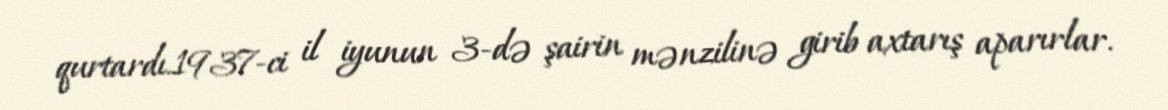
qurtardı.1937-ci il iyunun 3-də şairin mənzilinə girib axtarış aparırlar.